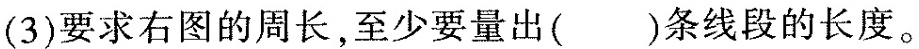
(3)要求右图的周长,至少要量出()条线段的长度。